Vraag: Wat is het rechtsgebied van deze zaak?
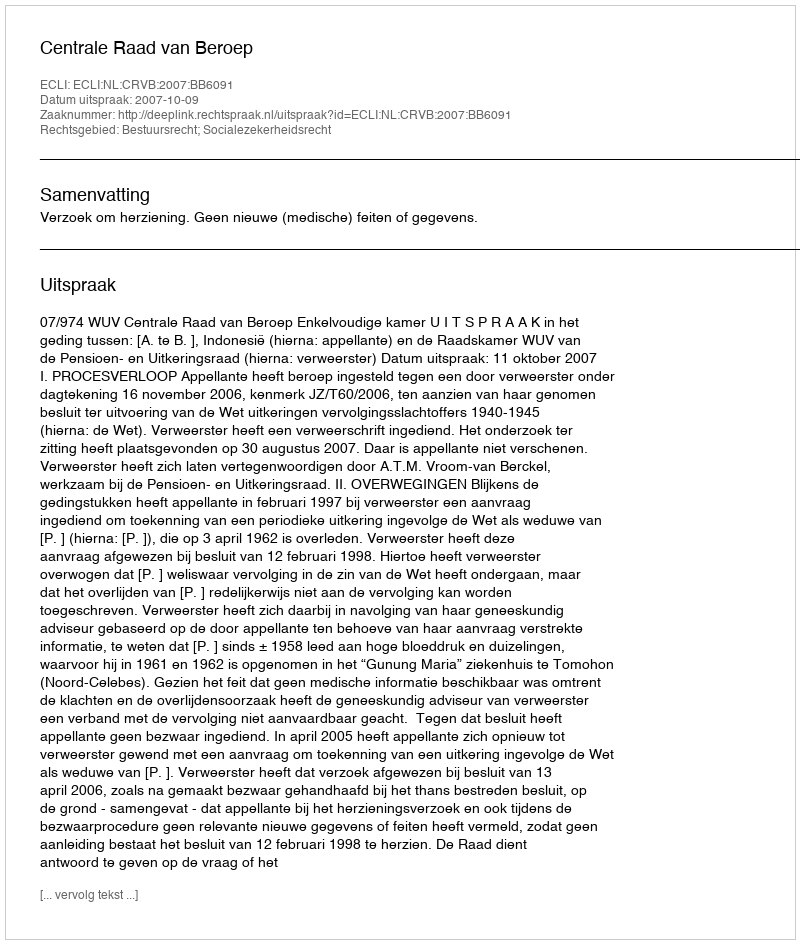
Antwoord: Bestuursrecht; Socialezekerheidsrecht